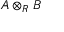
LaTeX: A \otimes _ { R } B